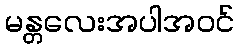
မန္တလေးအပါအဝင်